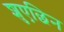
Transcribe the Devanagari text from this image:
शुएछिन